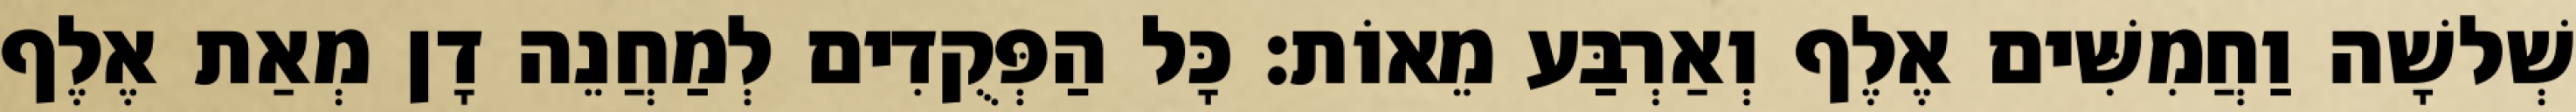
שְׁלשָׁה וַחֲמִשִּׁים אֶלֶף וְאַרְבַּע מֵאוֹת׃ כָּל הַפְּקֻדִים לְמַחֲנֵה דָן מְאַת אֶלֶף